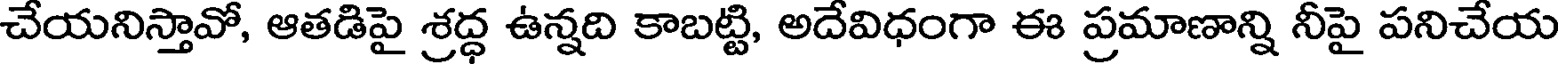
చేయనిస్తావో, ఆతడిపై శ్రద్ధ ఉన్నది కాబట్టి, అదేవిధంగా ఈ ప్రమాణాన్ని నీపై పనిచేయ